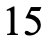
15